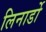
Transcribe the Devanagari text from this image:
लिनार्डो